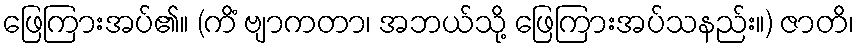
ဖြေကြားအပ်၏။ (ကိံ ဗျာကတာ၊ အဘယ်သို့ ဖြေကြားအပ်သနည်း။) ဇာတိ၊